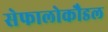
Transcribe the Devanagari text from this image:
सेफालोकौडल